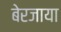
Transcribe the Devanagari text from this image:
बेरजाया